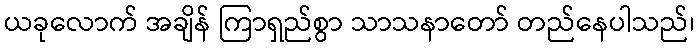
ယခုလောက် အချိန် ကြာရှည်စွာ သာသနာတော် တည်နေပါသည်၊